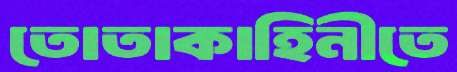
তোতাকাহিনীতে